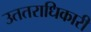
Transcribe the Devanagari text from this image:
उततराधिकारी